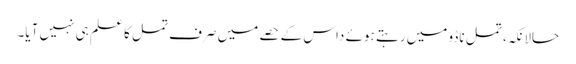
حالانکہ، تمل ناڈو میں رہتے ہوئے داس کے حصے میں صرف تمل کا علم ہی نہیں آیا۔